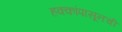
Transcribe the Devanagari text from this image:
हक्कांपासूनची